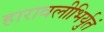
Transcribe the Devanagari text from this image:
हारावलीभिर्युतं